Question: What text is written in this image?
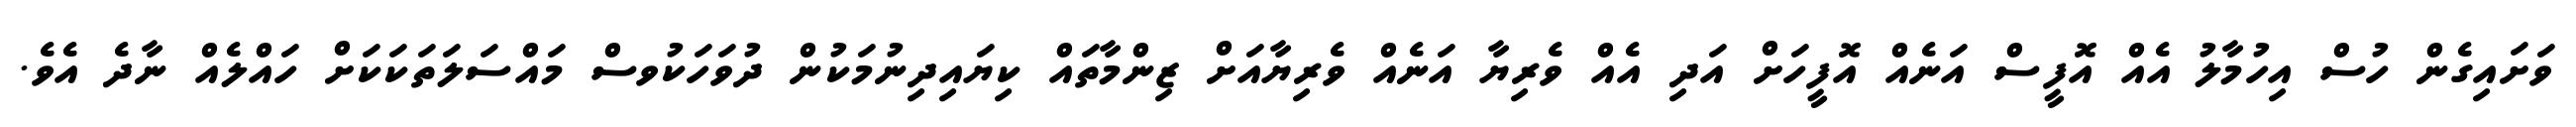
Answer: ވަށައިގެން ހުސް އިހުމާލު އެއް އޮފީސް އަނެއް އޮފީހަށް އަދި އެއް ވެރިޔާ އަނެއް ވެރިޔާއަށް ޒިންމާތައް ކިޔައިދިނުމަކުން ދުވަހަކުވސް މައްސަލަތަކަކަށް ހައްލެއް ނާދެ އެވެ.